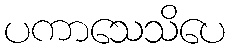
ပကာသေသိပေ